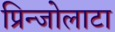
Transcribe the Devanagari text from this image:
प्रिन्जोलाटा